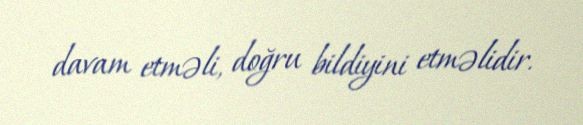
davam etməli, doğru bildiyini etməlidir.